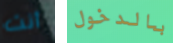
أنت بالدخول